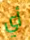
أي